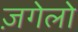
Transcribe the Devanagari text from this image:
ज़गेलो